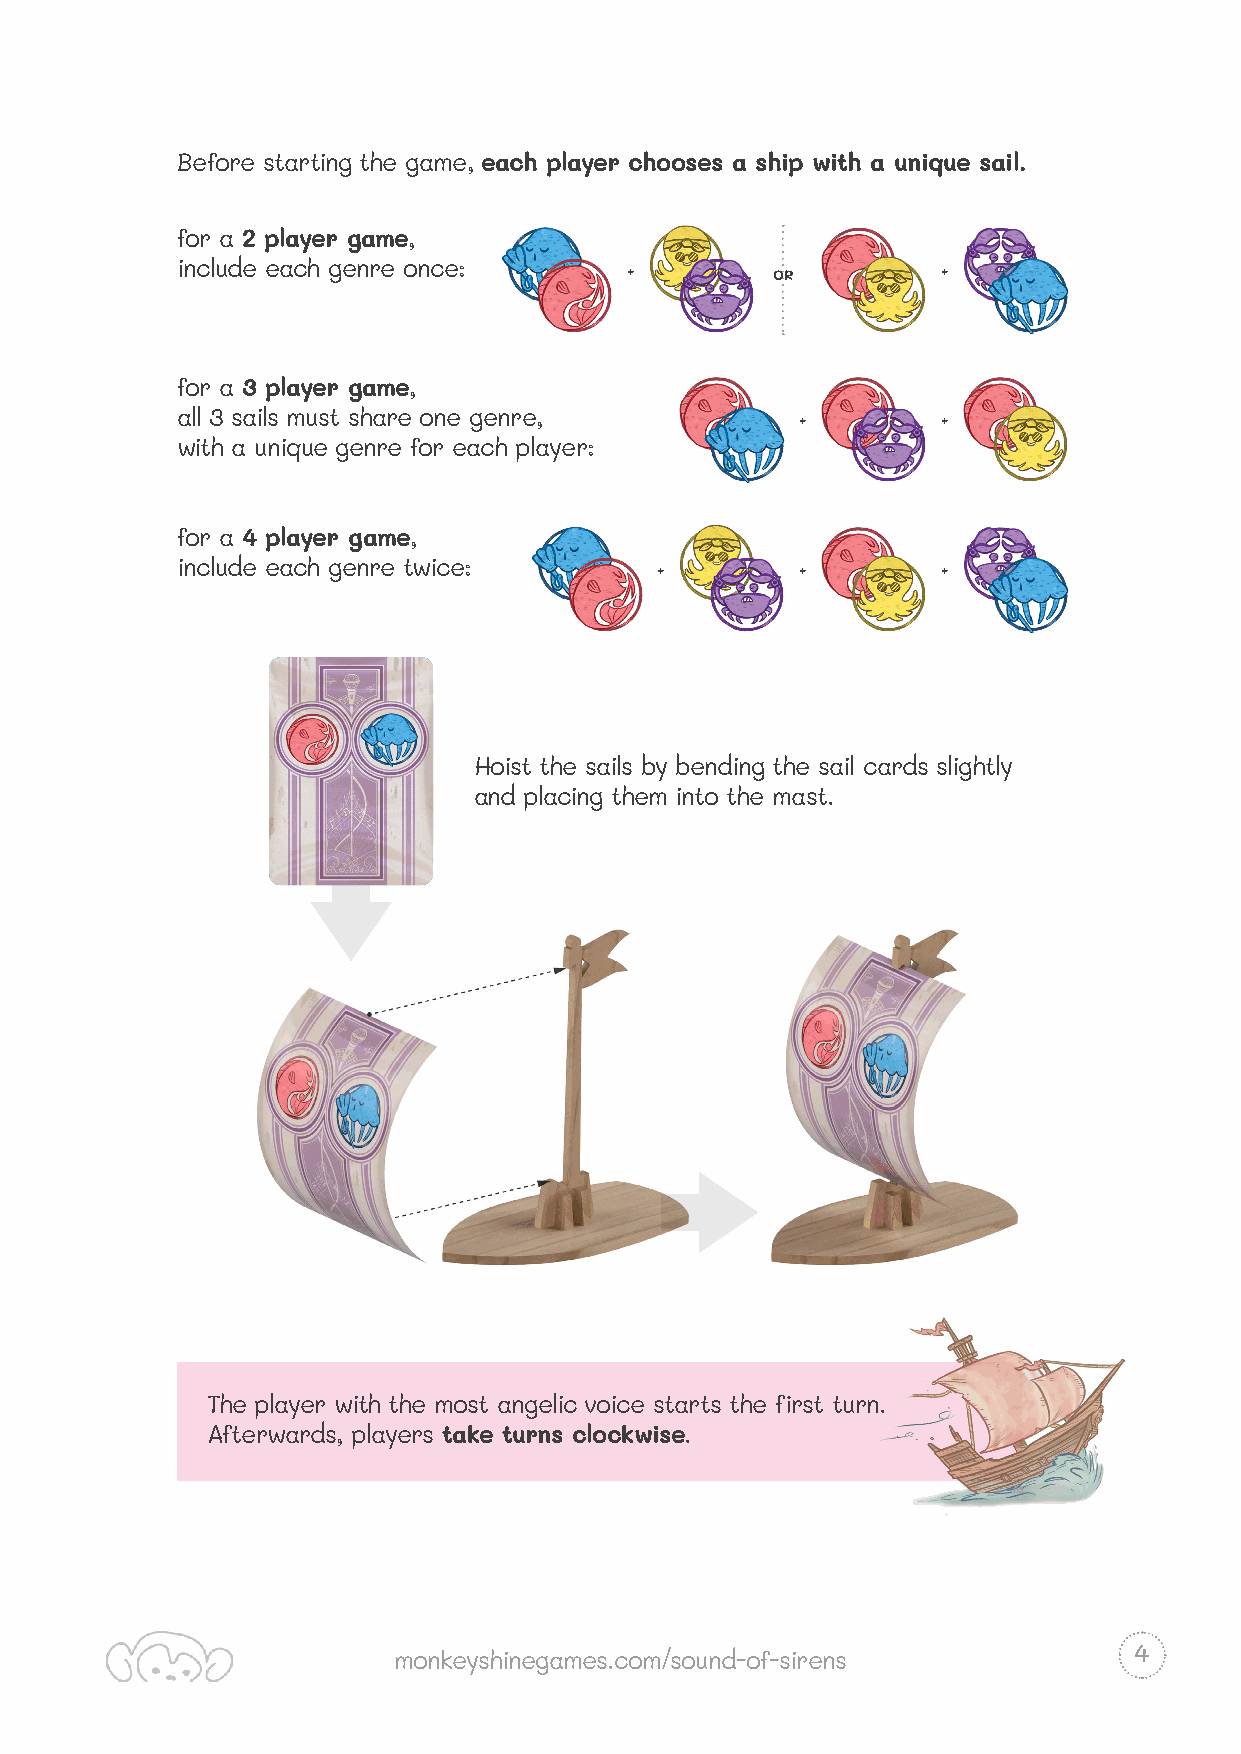
Before starting the game, each player chooses a ship with a unique sail.
 for a 2 player game,
 include each genre once:     +         OR         +
 for a 3 player game,
 all 3 sails must share one genre,        +        +
 with a unique genre for each player:
 for a 4 player game,
 include each genre twice:      +         +        +
 Hoist the sails by bending the sail cards slightly
 and placing them into the mast.
 The player with the most angelic voice starts the first turn.
 Afterwards, players take turns clockwise.
 4
 monkeyshinegames.com/sound-of-sirens